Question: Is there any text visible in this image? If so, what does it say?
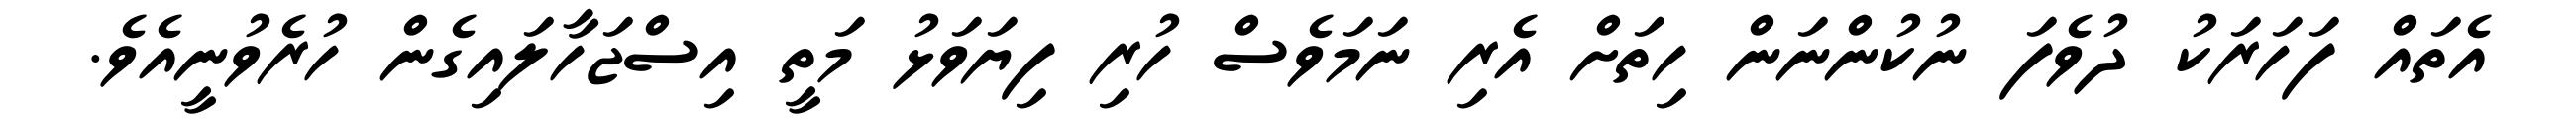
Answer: އެތައް ފަހަރަކު ދުވެފަ ނުކުންނަން ހިތަށް އެރި ނަމަވެސް ހުރި ފިޔަވަޅު މަތީ އިސްޖަހާލައިގެން ހުރެވުނީއެވެ.